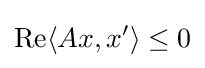
{\rm {Re}}\langle Ax,x'\rangle \leq 0